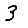
Digit: 3